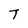
Character: T